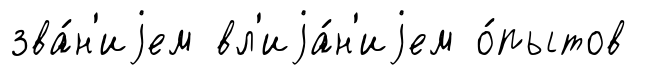
зва́н'иjем вл'иjа́н'иjем о́пытов